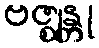
ဗဇ္ဈန္တု